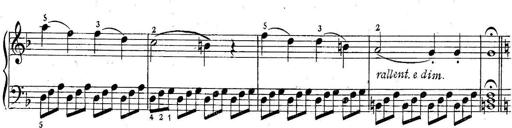
Title: 6 Easy Sonatinas
Composer: Carl Czerny